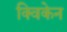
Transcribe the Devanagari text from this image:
क्विकेन